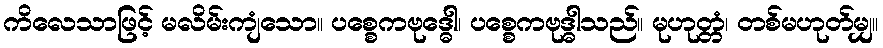
ကိလေသာဖြင့် မလိမ်းကျံသော။ ပစ္စေကဗုဒ္ဓေါ၊ ပစ္စေကဗုဒ္ဓါသည်။ မုဟုတ္တံ၊ တစ်မဟုတ်မျှ။